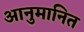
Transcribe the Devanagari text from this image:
आनुमानित